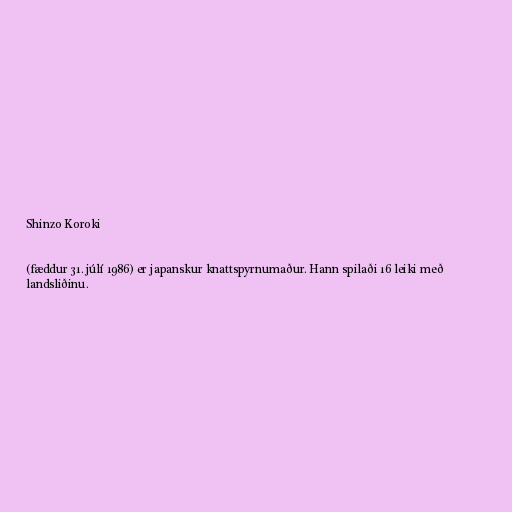
Shinzo Koroki

(fæddur 31. júlí 1986) er japanskur knattspyrnumaður. Hann spilaði 16 leiki með
landsliðinu.